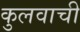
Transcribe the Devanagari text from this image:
कुलवाची